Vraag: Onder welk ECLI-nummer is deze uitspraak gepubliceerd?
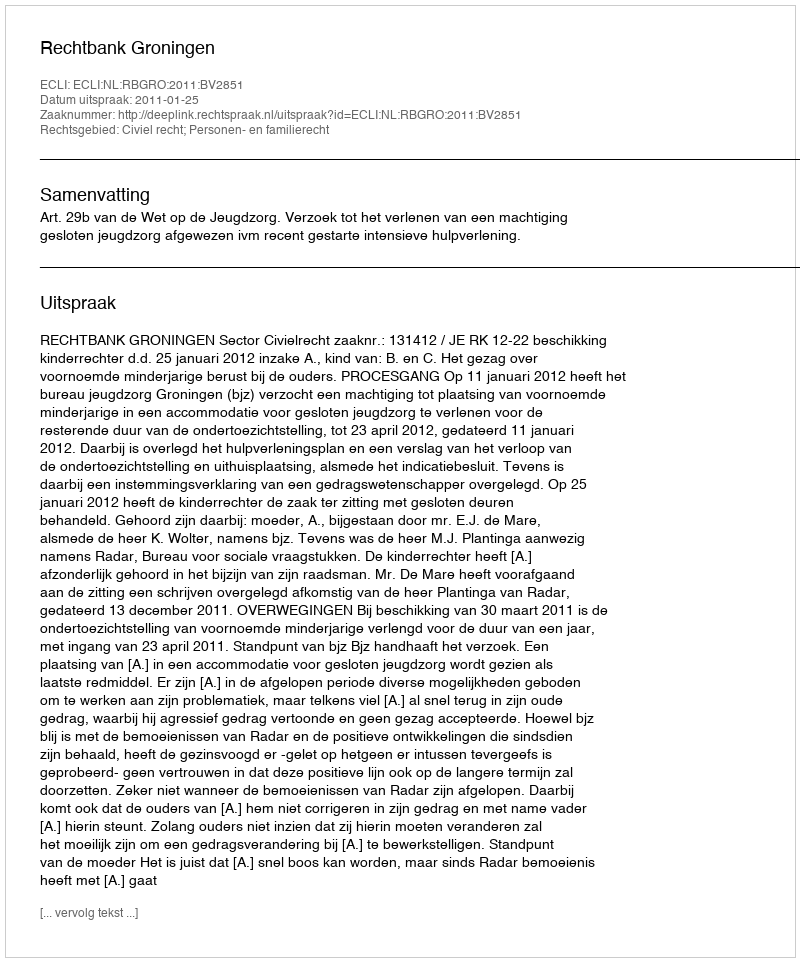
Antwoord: ECLI:NL:RBGRO:2011:BV2851